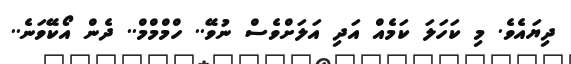
ދިޔައެވެ. މި ކަހަލަ ކަމެއް އަދި އަލަށްވެސް ނުވޭ.. ހްމްމްމް.. ދެން އޯކޭވަނެ..